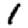
Digit: 1